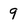
Character: 9